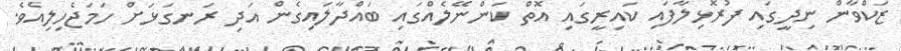
ޒަކްވާން ނިދީގައި ފުރޮޅިލާފައި ކައިރީގައި އޮތް ކަންނޭލެއްގައި ބައްދާލައިގެން އަދި ރަނގަޅަށް ހަމަޖެހިލިއެވެ.